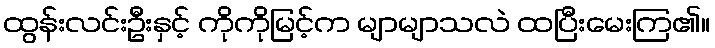
ထွန်းလင်းဦးနှင့် ကိုကိုမြင့်က မျာမျာသလဲ ထပြီးမေးကြ၏။